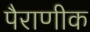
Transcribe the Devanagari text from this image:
पैराणीक